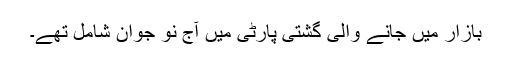
بازار میں جانے والی گشتی پارٹی میں آج نو جوان شامل تھے۔